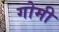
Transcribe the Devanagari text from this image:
गोमी